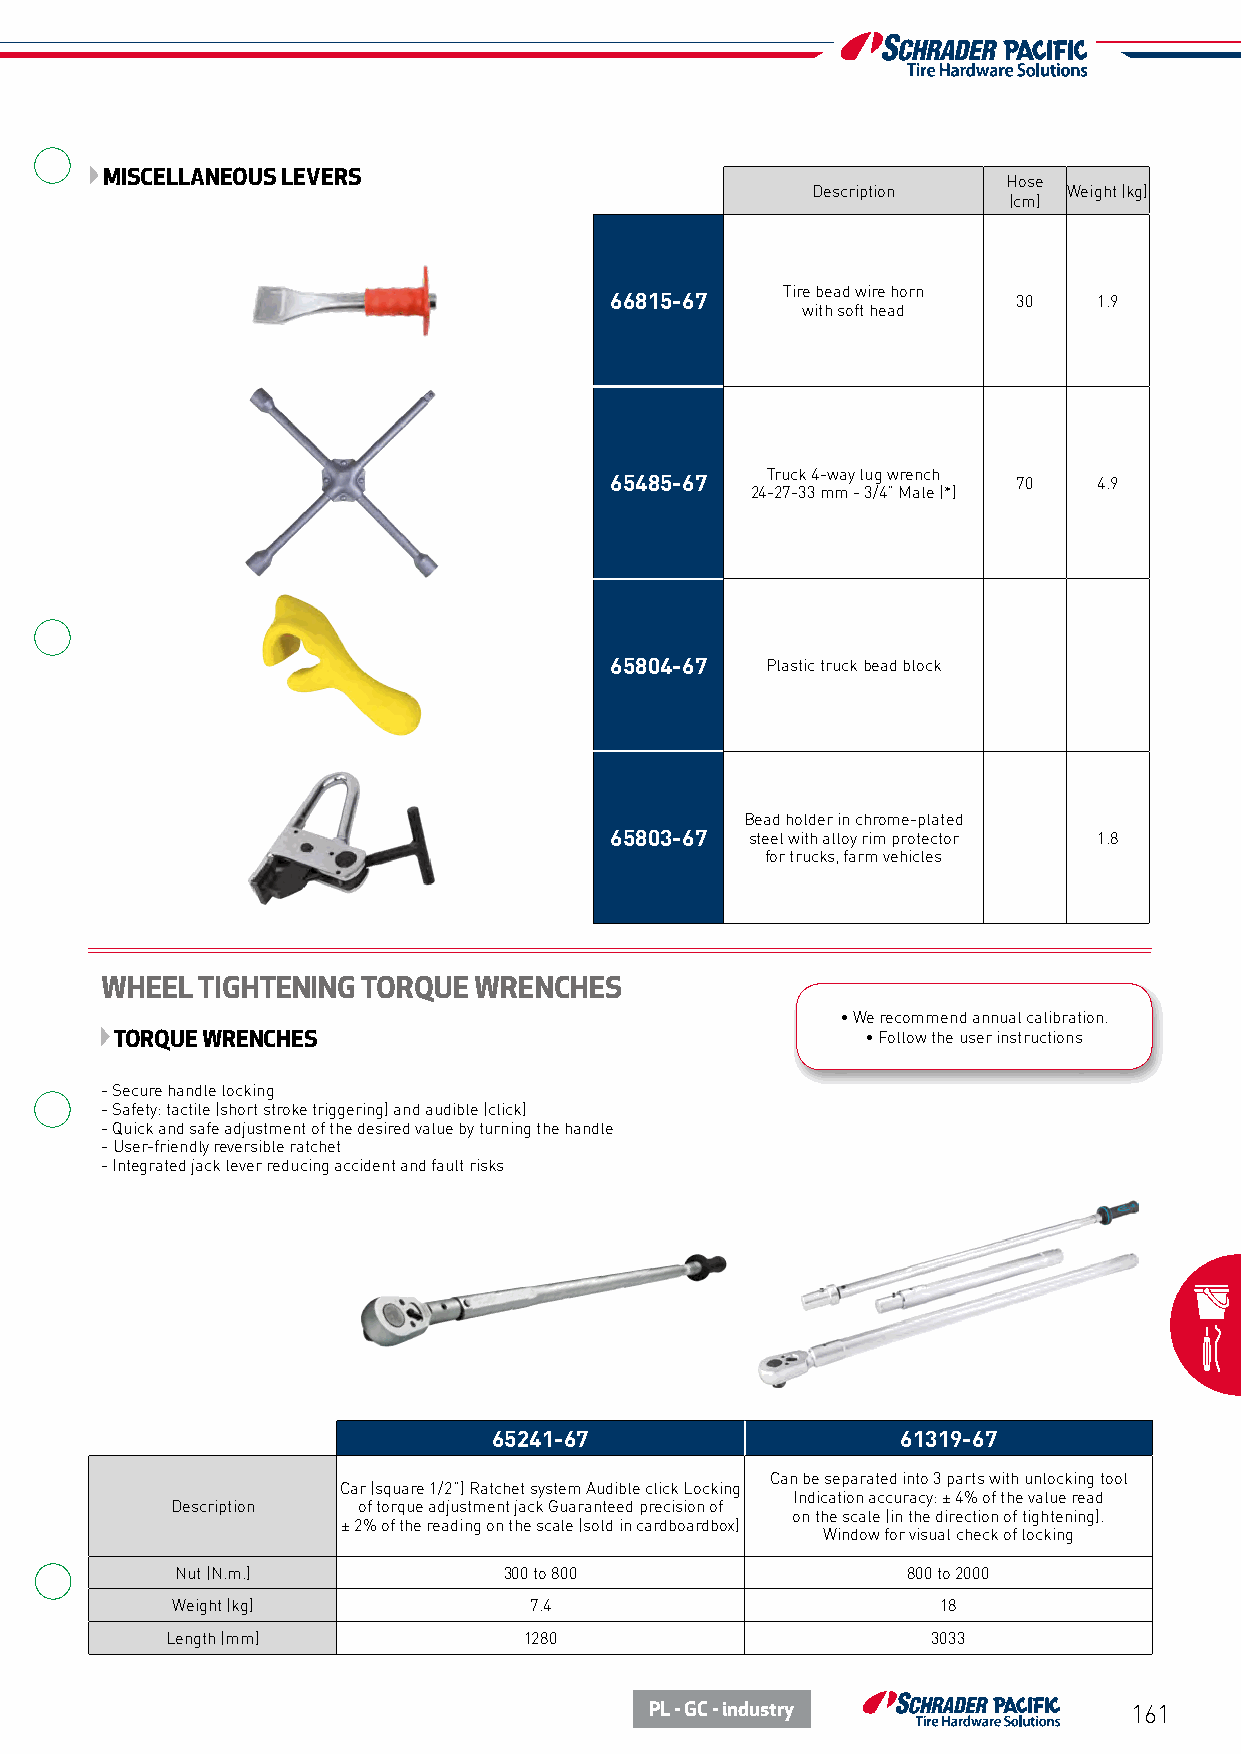
MISCELLANEOUS LEVERS                                        Hose
 Description      Weight (kg)
 (cm)
 Tire bead wire horn
 66815-67                   30    1.9
 with soft head
 Truck 4-way lug wrench
 65485-67                   70    4.9
 24-27-33 mm - 3/4” Male (*)
 65804-67   Plastic truck bead block
 Bead holder in chrome-plated
 65803-67  steel with alloy rim protector 1.8
 for trucks, farm vehicles
 WHEEL TIGHTENING TORQUE WRENCHES
 • We recommend annual calibration.
 TORQUE WRENCHES                                  • Follow the user instructions
 - Secure handle locking
 - Safety: tactile (short stroke triggering) and audible (click)
 - Quick and safe adjustment of the desired value by turning the handle
 - User-friendly reversible ratchet
 - Integrated jack lever reducing accident and fault risks
 65241-67                   61319-67
 Can be separated into 3 parts with unlocking tool
 Car (square 1/2”) Ratchet system Audible click Locking
 Indication accuracy: ± 4% of the value read
 Description  of torque adjustment jack Guaranteed precision of
 on the scale (in the direction of tightening).
 ± 2% of the reading on the scale (sold in cardboardbox)
 Window for visual check of locking
 Nut (N.m.)           300 to 800                 800 to 2000
 Weight (kg)             7.4                        18
 Length (mm)             1280                       3033
 PL - GC - industry              161